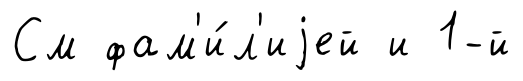
См фам'и́л'иjей и 1-й